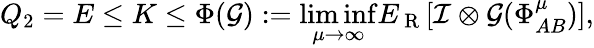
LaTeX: Q_{2}=E\leq K\leq\Phi(\mathcal{G}):=\underset{\mu\rightarrow\infty}{\operatorname*{lim}\operatorname*{inf}}E_{\mathrm{~R~}}[\mathcal{I}\otimes\mathcal{G}(\Phi_{AB}^{\mu})],